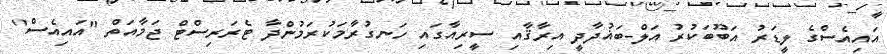
އައިއެސްގެ ލީޑަރު އަބޫބަކުރު އަލް-ބަޣުދާދީ އިރާޤާއި ސީރިއާގައި ހަނގުރާމަކުރަމުންދާ ޓެރަރިސްޓް ޖަމާއަތް "އައިއެސް"